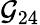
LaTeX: \mathcal{G}_{24}